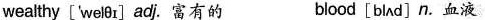
wealthy ['welθr] adj. 富有的 blood [blʌd] n.血液